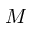
M